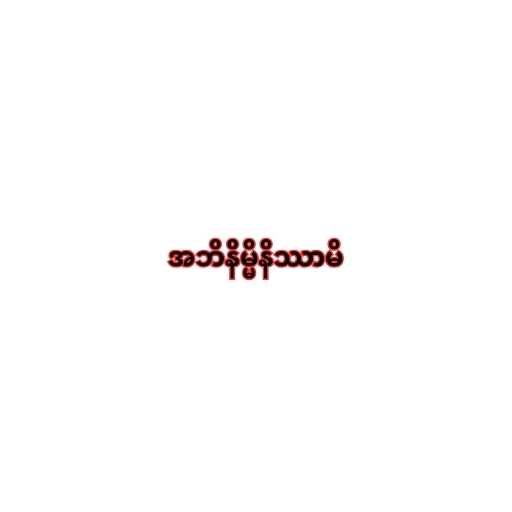
အဘိနိမ္မိနိဿာမိ